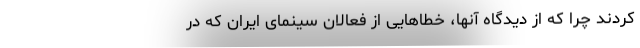
کردند چرا که از دیدگاه آنها، خطاهایی از فعالان سینمای ایران که در